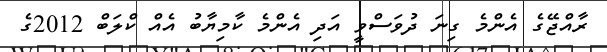
ރާއްޖޭގެ އެންމެ ގިނަ ދުވަސްވީ އަދި އެންމެ ކާމިޔާބު އެއް ކްލަބް 2012ގެ